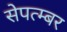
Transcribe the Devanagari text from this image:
सेपत्म्बर